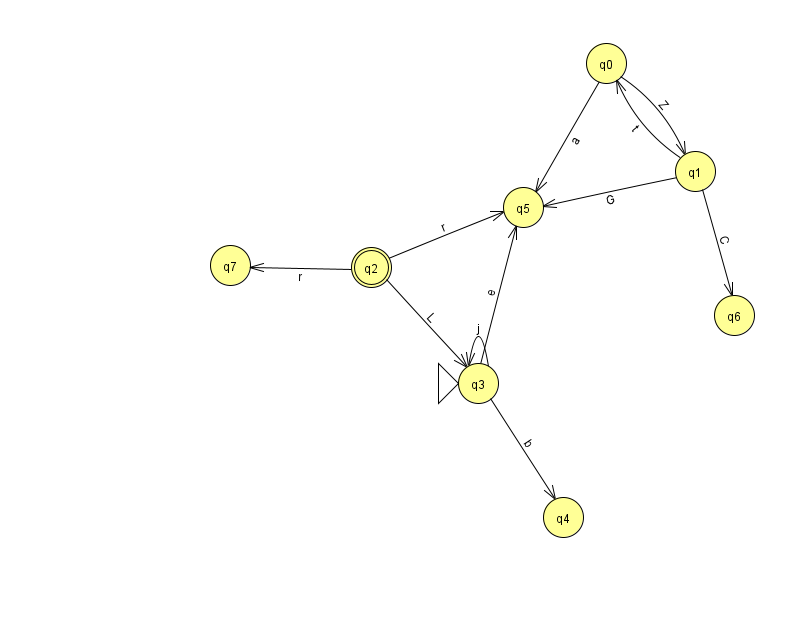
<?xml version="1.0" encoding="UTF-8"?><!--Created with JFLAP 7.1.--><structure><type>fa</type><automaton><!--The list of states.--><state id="0" name="q0"><x>606.0</x><y>50.0</y></state><state id="1" name="q1"><x>695.0</x><y>158.0</y></state><state id="2" name="q2"><x>371.0</x><y>254.0</y><final/></state><state id="3" name="q3"><x>478.0</x><y>370.0</y><initial/></state><state id="4" name="q4"><x>563.0</x><y>504.0</y></state><state id="5" name="q5"><x>523.0</x><y>194.0</y></state><state id="6" name="q6"><x>734.0</x><y>302.0</y></state><state id="7" name="q7"><x>230.0</x><y>252.0</y></state><!--The list of transitions.--><transition><from>0</from><to>1</to><read>Z</read></transition><transition><from>3</from><to>5</to><read>e</read></transition><transition><from>0</from><to>5</to><read>a</read></transition><transition><from>2</from><to>5</to><read>r</read></transition><transition><from>2</from><to>7</to><read>r</read></transition><transition><from>1</from><to>0</to><read>t</read></transition><transition><from>2</from><to>3</to><read>L</read></transition><transition><from>3</from><to>3</to><read>j</read></transition><transition><from>1</from><to>6</to><read>C</read></transition><transition><from>1</from><to>5</to><read>G</read></transition><transition><from>3</from><to>4</to><read>b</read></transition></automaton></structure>